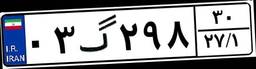
۹۶گ۶۹۵۸۹